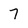
Character: 7